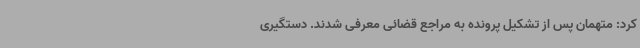
کرد: متهمان پس از تشکیل پرونده به مراجع قضائی معرفی شدند. دستگیری